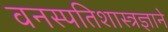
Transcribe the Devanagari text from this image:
वनस्पतिशास्त्रज्ञाने